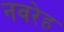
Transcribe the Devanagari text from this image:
नवरेह